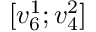
[ v _ { 6 } ^ { 1 } ; v _ { 4 } ^ { 2 } ]